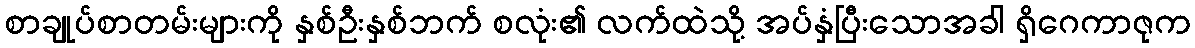
စာချုပ်စာတမ်းများကို နှစ်ဦးနှစ်ဘက် စလုံး၏ လက်ထဲသို့ အပ်နှံပြီးသောအခါ ရှိဂေကာဇုက